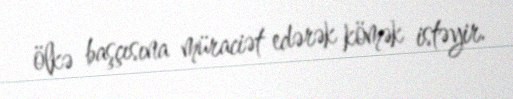
ölkə başçısına müraciət edərək kömək istəyir.